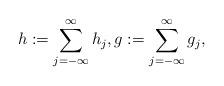
LaTeX: \begin{align*} h:=\sum_{j=-\infty}^{\infty}h_j , g:=\sum_{j=-\infty}^{\infty} g_j,\end{align*}